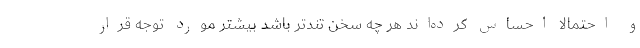
و احتمالا احساس کرده‌اند هر چه سخن تندتر باشد بیشتر مورد توجه قرار